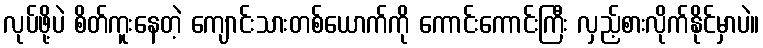
လုပ်ဖို့ပဲ စိတ်ကူးနေတဲ့ ကျောင်းသားတစ်ယောက်ကို ကောင်းကောင်းကြီး လှည့်စားလိုက်နိုင်မှာပဲ။